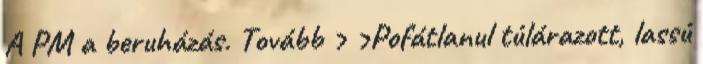
A PM a beruházás. Tovább › ›Pofátlanul túlárazott, lassú